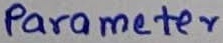
Text: Parameter